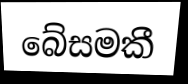
බේසමකී